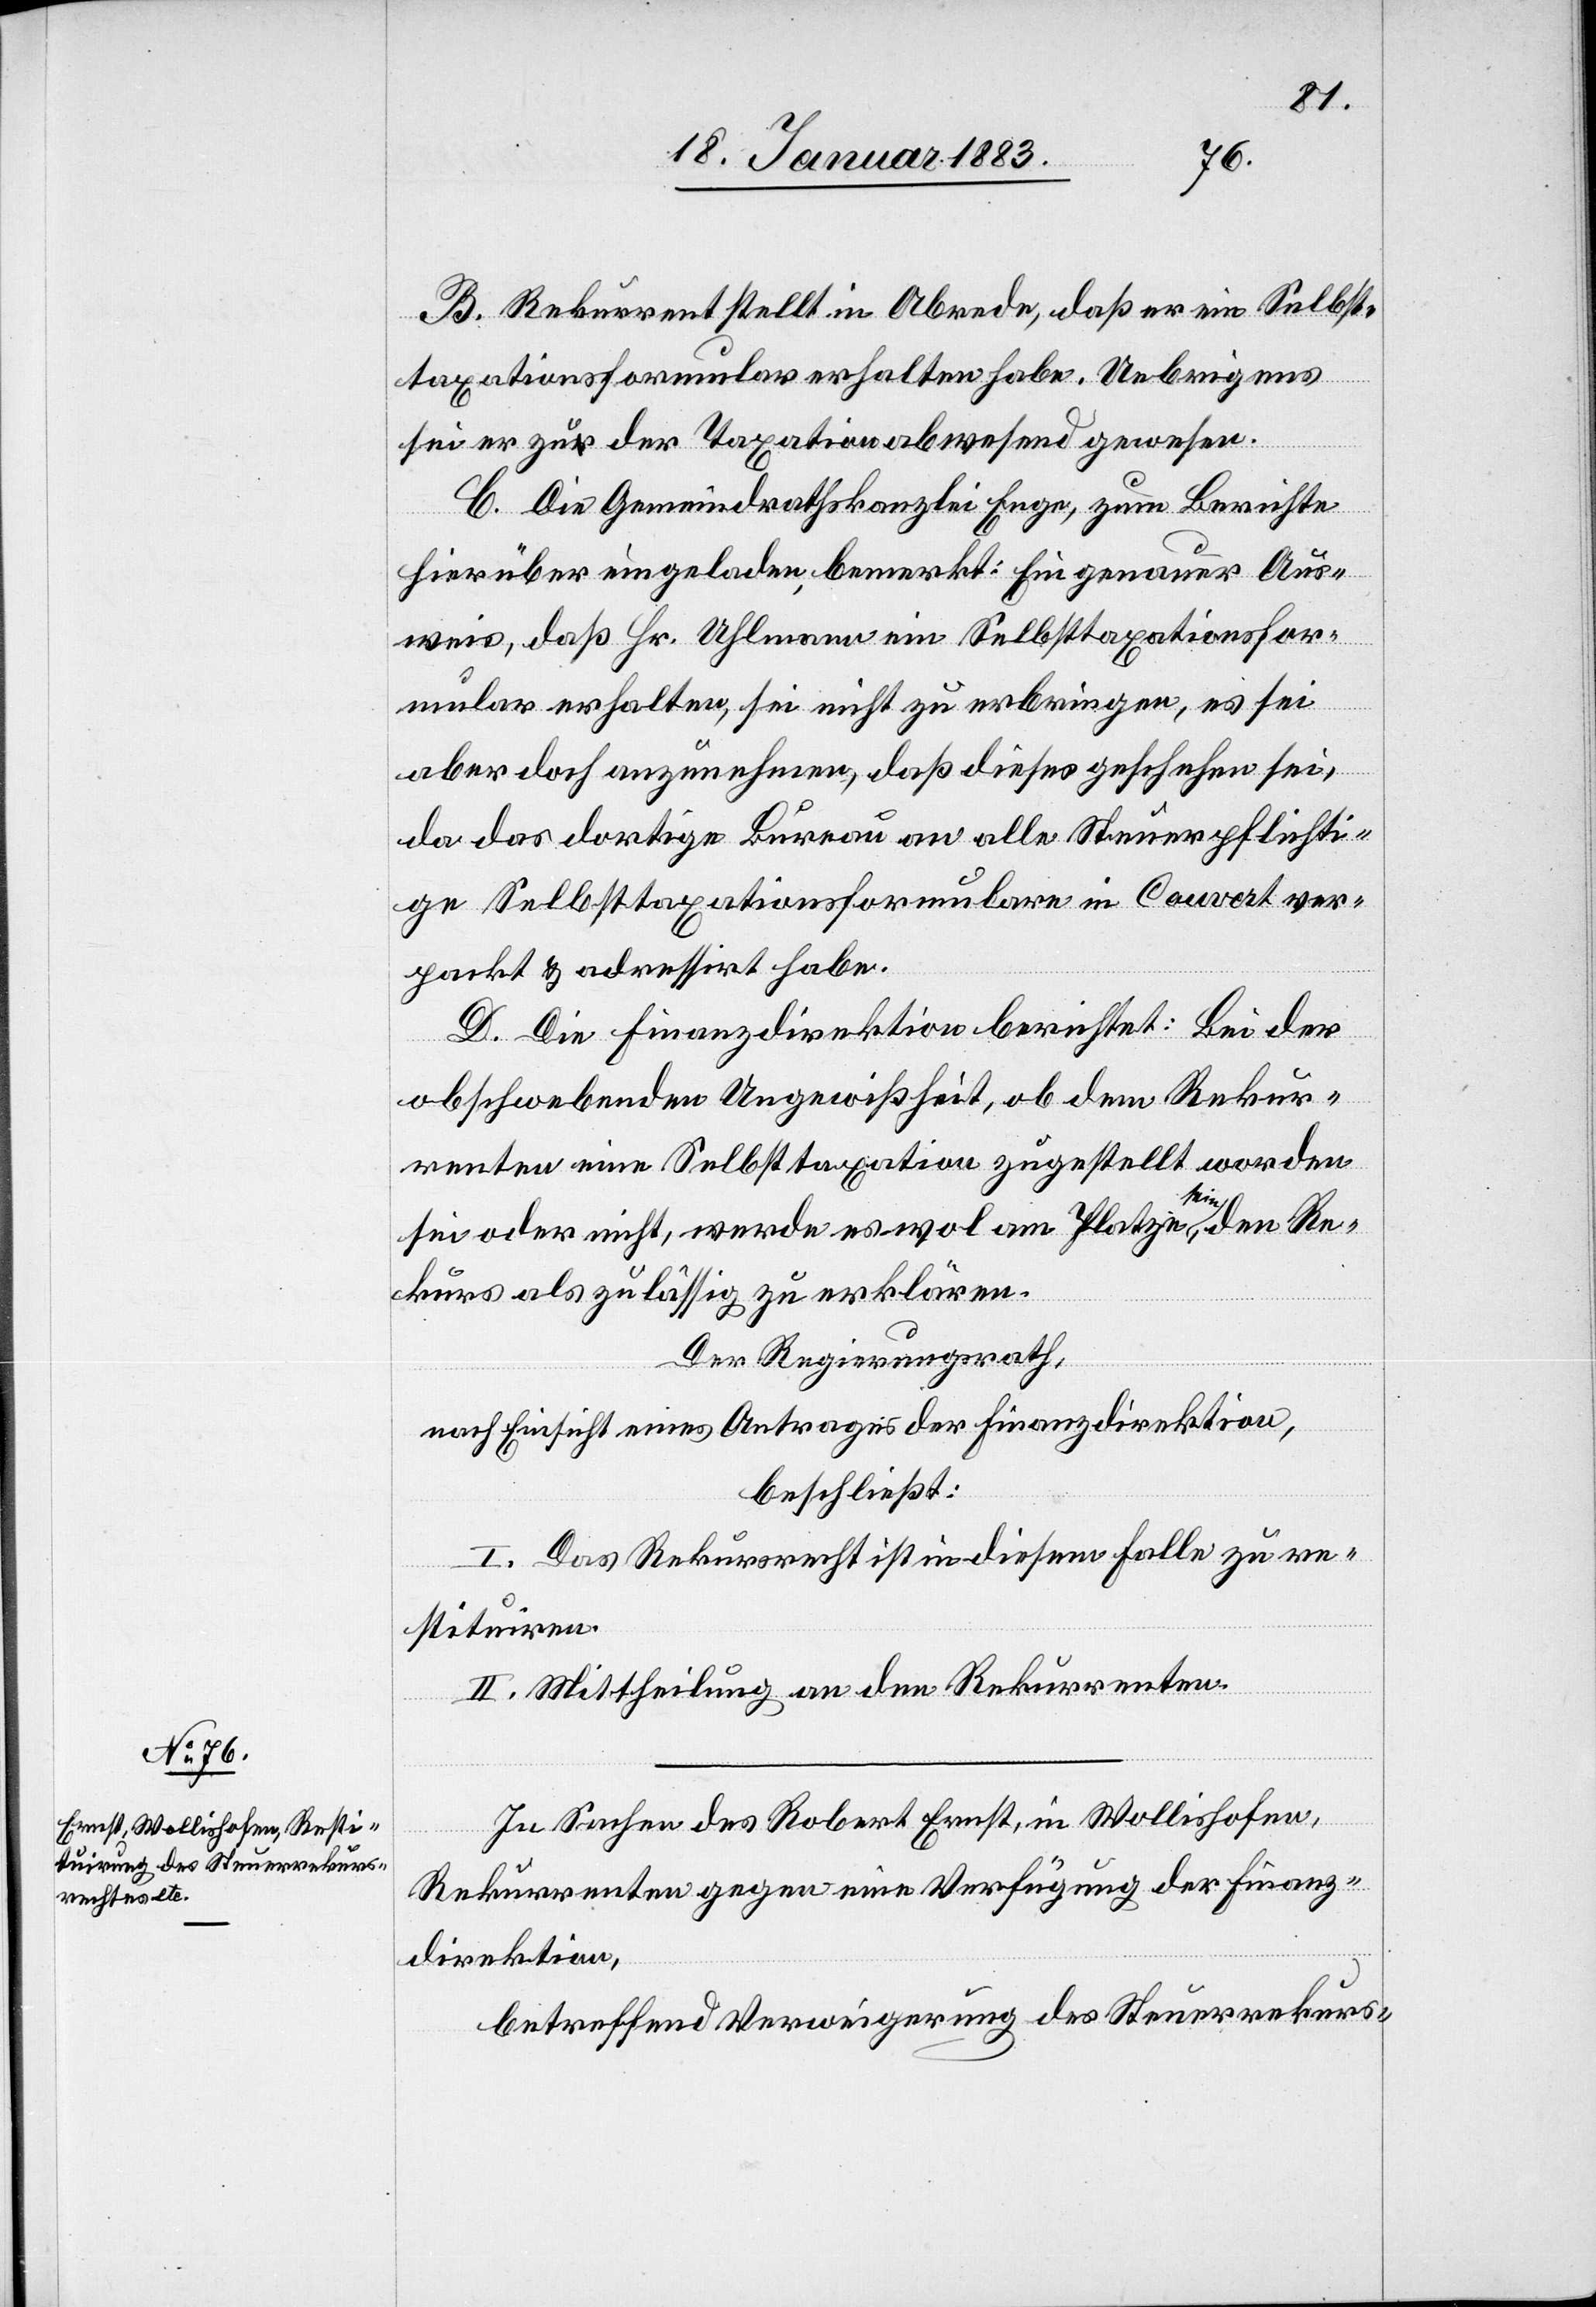
B. Rekurrent stellt in Abrede, daß er ein Selbst¬
taxationsformular erhalten habe. Uebrigens
C. Die Gemeindrathskanzlei Enge, zum Berichte
hierüber eingeladen, bemerkt: Ein genauer Aus¬
weis, daß Hr. Uhlmann ein Selbsttaxationsfor¬
mular erhalten, sei nicht zu erbringen, es sei
aber doch anzunehmen, daß dieses geschehen sei,
da das dortige Bureau an alle Steuerpflichti¬
ge Selbsttaxationsformulare in Couvert ver¬
packt & adressirt habe.
D. Die Finanzdirektion berichtet: Bei der
obschwebenden Ungewißheit, ob dem Rekur¬
renten eine Selbsttaxation zugestellt worden
sei oder nicht, werde es wohl am Platze sein, den Re¬
kurs als zulässig zu erklären.
Der Regierungsrath,
nach Einsicht eines Antrages der Finanzdirektion,
beschließt:
I. Das Rekursrecht ist in diesem Falle zu re¬
stituiren.
II. Mittheilung an den Rekurrenten.
In Sachen des Robert Ernst, in Wollishofen,
gewesen.
Rekurrenten gegen eine Verfügung der Finanz¬
direktion,
betreffend Verweigerung des Steuerrekurs-